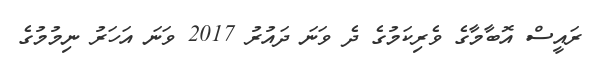
ރައީސް އޮބާމާގެ ވެރިކަމުގެ ދެ ވަނަ ދައުރު 2017 ވަނަ އަހަރު ނިމުމުގެ